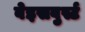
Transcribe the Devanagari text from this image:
वेइसवुर्स्ट